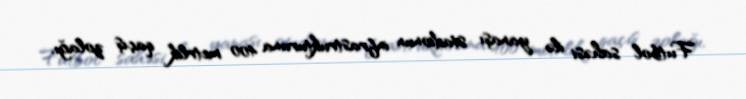
Futbol sahəsi ilə yanaşı stadionun infrastrukturuna 400 metrlik qaçış zolağı,